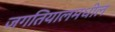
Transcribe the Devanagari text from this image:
जगतियालमधील